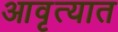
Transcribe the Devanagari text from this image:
आवृत्यात